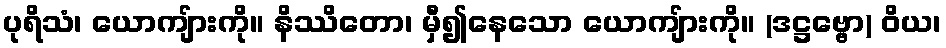
ပုရိသံ၊ ယောကျ်ားကို။ နိဿိတော၊ မှီ၍နေသော ယောကျ်ားကို။ (ဒဋ္ဌဗ္ဗော) ဝိယ၊